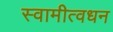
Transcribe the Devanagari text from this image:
स्वामीत्वधन